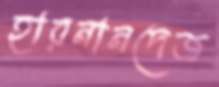
হারনানদেজ